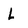
Character: L